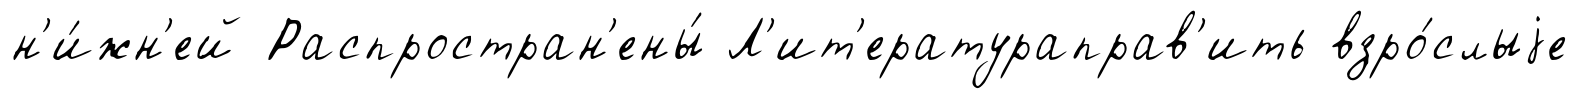
н'и́жн'ей Распростран'ены́ Л'ит'ератураправ'ить взро́слыjе